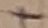
Text: +